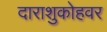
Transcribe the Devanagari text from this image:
दाराशुकोहवर